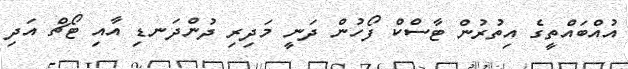
އުއްބައްތީގެ އިތުރުން ޓާސްކް ފޯހުން ދަނީ މަދިރި ދުންދަނޑި އާއި ޓޯޗް އަދި